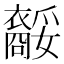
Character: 𧞥